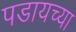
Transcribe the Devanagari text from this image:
पडायच्या